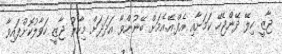
ޖާޒީ ހިލޭ ދޭންޖެހޭ ކަމަށާއި އެފް.އޭ.އެމަށް ބޭނުންވާ އަދަދަށް މިހާރު ޖާޒީ ހަވާލުކޮށްފައިވާ